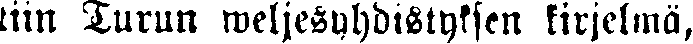
tiin Turun weljesyhdistyksen kirjelmä,